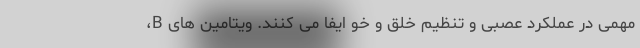
مهمی در عملکرد عصبی و تنظیم خلق و خو ایفا می کنند. ویتامین های B،